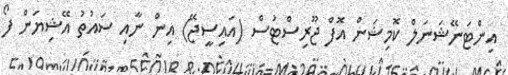
އިންޓަނޭޝަނަލް ކޮމިޝަން އޮފް ޖޫރިސްޓުސް (އައިސީޖޭ) އިން ނާއި ސައުތު އޭޝިޔަން ފޯ